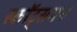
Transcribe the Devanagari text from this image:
स्कॉट्समन